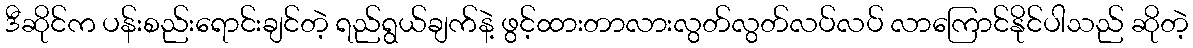
ဒီဆိုင်က ပန်းစည်းရောင်းချင်တဲ့ ရည်ရွယ်ချက်နဲ့ ဖွင့်ထားတာလားလွတ်လွတ်လပ်လပ် လာကြောင်နိုင်ပါသည် ဆိုတဲ့